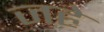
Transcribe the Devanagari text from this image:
जहे